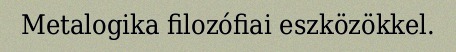
Metalogika filozófiai eszközökkel.